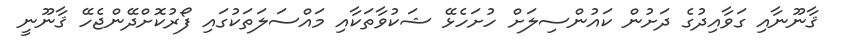
ޤާނޫނާއި ގަވާއިދުގެ ދަށުން ކައުންސިލަށް ހުށަހެޅޭ ޝަކުވާތަކާއި މައްސަލަތަކުގައި ފޯރުކޮށްދޭންޖެހޭ ޤާނޫނީ